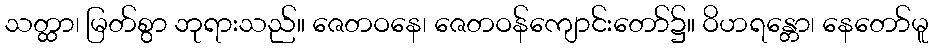
သတ္ထာ၊ မြတ်စွာ ဘုရားသည်။ ဇေတဝနေ၊ ဇေတဝန်ကျောင်းတော်၌။ ဝိဟရန္တော၊ နေတော်မူ